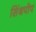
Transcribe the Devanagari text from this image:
सिंथपोप